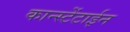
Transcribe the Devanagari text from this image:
कान्स्टेंटाईन